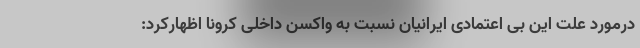
درمورد علت این بی اعتمادی ایرانیان نسبت به واکسن داخلی کرونا اظهارکرد: